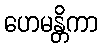
ဟေမန္တိကာ